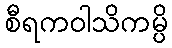
စီရကဝါသိကမ္ပိ